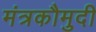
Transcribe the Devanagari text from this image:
मंत्रकौमुदी